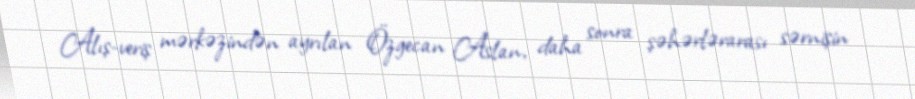
Alış-veriş mərkəzindən ayrılan Özgecan Aslan, daha sonra şəhərlərarası sərnişin